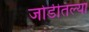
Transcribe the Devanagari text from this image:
जोडीतल्या